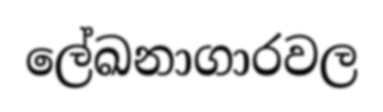
ලේඛනාගාරවල